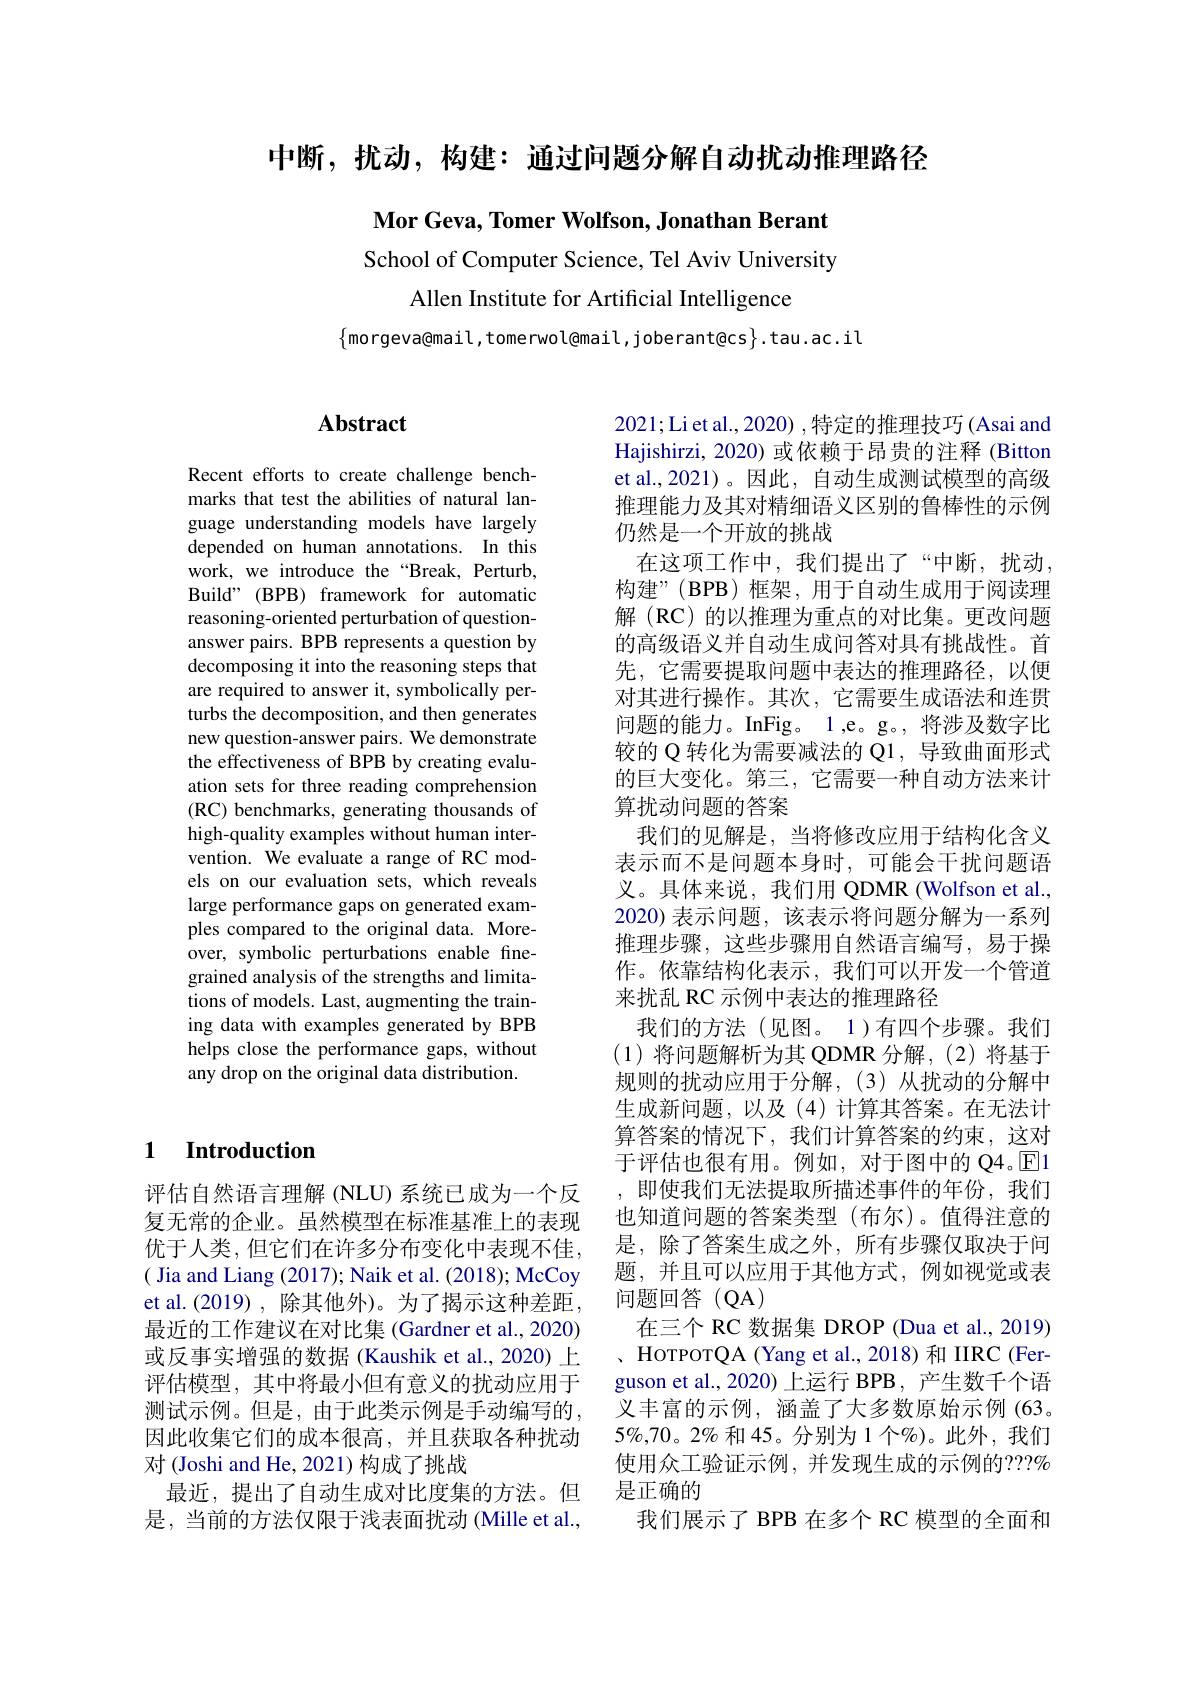
中断，扰动，构建：通过问题分解自动扰动推理路径

Mor Geva, Tomer Wolfson, Jonathan Berant

School of Computer Science, Tel Aviv University
Allen Institute for Artificial Intelligence

$\{$morgeva@mail,tomerwol@mail,joberant@cs$\}.$tau.ac.il

## $\mathbf{Abstract}$

Recent efforts to create challenge benchmarks that test the abilities of natural language understanding models have largely depended on human annotations. In this work, we introduce the “Break, Perturb, Build" (BPB) framework for automatic reasoning-oriented perturbation of questionanswer pairs. BPB represents a question by decomposing it into the reasoning steps that are required to answer it, symbolically perturbs the decomposition, and then generates new question-answer pairs. We demonstrate the effectiveness of BPB by creating evaluation sets for three reading comprehension (RC) benchmarks, generating thousands of high-quality examples without human intervention. We evaluate a range of RC models on our evaluation sets, which reveals large performance gaps on generated examples compared to the original data. Moreover, symbolic perturbations enable finegrained analysis of the strengths and limitations of models. Last, augmenting the training data with examples generated by BPB helps close the performance gaps, without any drop on the original data distribution.

## 1 Introduction

评估自然语言理解(NLU)系统已成为一个反复无常的企业。虽然模型在标准基准上的表现优于人类，但它们在许多分布变化中表现不佳( Jia and Liang (2017); Naik et al. (2018); McCoy et al.(2019),除其他外)。为了揭示这种差距， 最近的工作建议在对比集 (Gardner et al., 2020) 或反事实增强的数据 (Kaushik et al., 2020) 上评估模型，其中将最小但有意义的扰动应用于测试示例。但是，由于此类示例是手动编写的， 因此收集它们的成本很高，并且获取各种扰动对(Joshi and He, 2021)构成了挑战
最近，提出了自动生成对比度集的方法。但是，当前的方法仅限于浅表面扰动 (Mille et al.,

2021;Liet al., 2020) ,特定的推理技巧(Asai and Hajishirzi, 2020) 或依赖于昂贵的注释 (Bitton et al.,2021)。因此，自动生成测试模型的高级推理能力及其对精细语义区别的鲁棒性的示例仍然是一个开放的挑战
在这项工作中，我们提出了“中断，扰动， 构建”(BPB)框架，用于自动生成用于阅读理解(RC)的以推理为重点的对比集。更改问题的高级语义并自动生成问答对具有挑战性。首先，它需要提取问题中表达的推理路径，以便对其进行操作。其次，它需要生成语法和连贯问题的能力。InFig。1,e。g。,将涉及数字比较的 Q 转化为需要减法的 Q1, 导致曲面形式的巨大变化。第三，它需要一种自动方法来计算扰动问题的答案
我们的见解是，当将修改应用于结构化含义表示而不是问题本身时，可能会干扰问题语义。具体来说，我们用 QDMR (Wolfson et al., 2020) 表示问题，该表示将问题分解为一系列推理步骤，这些步骤用自然语言编写，易于操作。依靠结构化表示，我们可以开发一个管道来扰乱 RC 示例中表达的推理路径
我们的方法(见图。1)有四个步骤。我们(1)将问题解析为其 QDMR 分解，(2)将基于规则的扰动应用于分解，(3)从扰动的分解中生成新问题，以及(4)计算其答案。在无法计算答案的情况下，我们计算答案的约束，这对于评估也很有用。例如，对于图中的 Q4。$\overline{\mathrm{E}}$1 ,即使我们无法提取所描述事件的年份，我们也知道问题的答案类型(布尔)。值得注意的是，除了答案生成之外，所有步骤仅取决于问题，并且可以应用于其他方式，例如视觉或表问题回答(QA)
在三个 RC 数据集 DROP (Dua et al., 2019) HorporQA (Yang et al., 2018) 和 IIRC (Ferguson et al., 2020) 上运行 BPB, 产生数千个语义丰富的示例，涵盖了大多数原始示例(63。$5\%,70。2\%$和 45。分别为 1 个%)。此外，我们使用众工验证示例，并发现生成的示例的？??% 是正确的
我们展示了 BPB 在多个 RC 模型的全面和